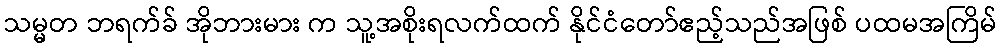
သမ္မတ ဘရက်ခ် အိုဘားမား က သူ့အစိုးရလက်ထက် နိုင်ငံတော်ဧည့်သည်အဖြစ် ပထမအကြိမ်